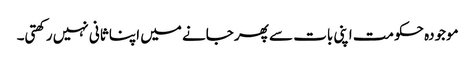
موجودہ حکومت اپنی بات سے پھر جانے میں اپنا ثانی نہیں رکھتی۔